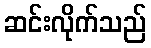
ဆင်းလိုက်သည်